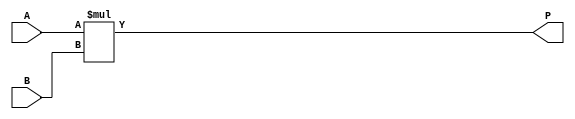
module Multiplier4x4(
  input [3:0] A, B,
  output [7:0] P
);
  wire [7:0] P;
  assign P = A * B;
endmodule